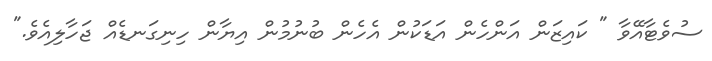
ސުވެޓާއޭވާ " ކައިޒަން އަންހެން އަޑަކުން އެހެން ބުނުމުން އިޔާން ހިނިގަނޑެއް ޖަހާލިއެވެ."